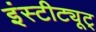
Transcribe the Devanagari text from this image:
इंस्टीट्यूट्